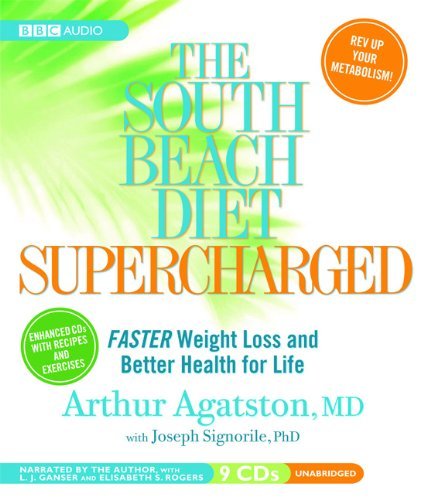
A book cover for By Arthur Agatston, Joseph Signorile: The South Beach Diet Supercharged: Faster Weight Loss and Better Health for Life [Audiobook]; -BBC Audiobooks America-; Health, Fitness & Dieting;